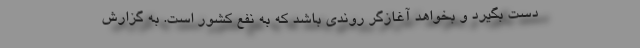
دست بگیرد و بخواهد آغازگر روندی باشد که به نفع کشور است. به گزارش